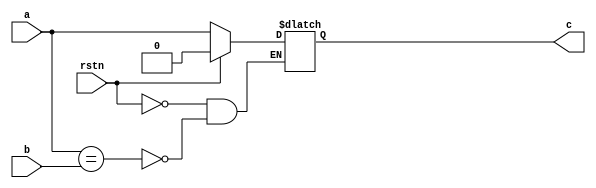
//   Project     : async
//   Description : Verilog model of a C-Muller element
//   Copyright 2009 Ronan BARZIC

`timescale 1ns/1ns

module cmuller(/*AUTOARG*/
  // Outputs
  c,
  // Inputs
  a, b, rstn
  );
  input  a;
  input  b;
  input  rstn;
  output c;

  /*AUTOREG*/
  // Beginning of automatic regs (for this module's undeclared outputs)
  reg                   c;
  // End of automatics
  
  always @* begin
    if(rstn == 1'b1) begin
      c <= 0;
    end
    else begin
      if(a == b)
        c <= #1 a;
    end
    
  end
  
endmodule // cmuller